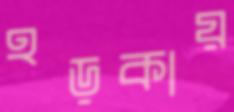
হড়কায়